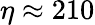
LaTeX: \eta\approx 210